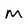
Character: M